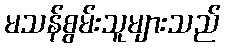
မသန်စွမ်းသူများသည်